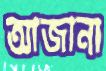
আজানা